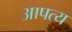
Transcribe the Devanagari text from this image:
आपत्य